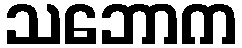
သဘောက